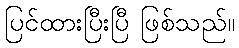
ပြင်ထားပြီးပြီ ဖြစ်သည်။